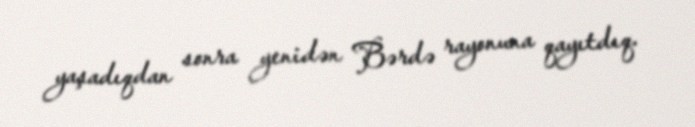
yaşadıqdan sonra yenidən Bərdə rayonuna qayıtdıq.